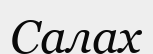
Салах